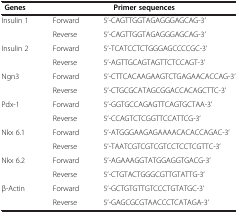
| Genes | <COLSPAN=2> Primer sequences |
 | --- | --- | --- |
 | <ROWSPAN=2> Insulin 1 | Forward | 5’-CAGTTGGTAGAGGGAGCAG-3’ |
 | Reverse | 5’-CAGTTGGTAGAGGGAGCAG-3’ |
 | <ROWSPAN=2> Insulin 2 | Forward | 5’-TCATCCTCTGGGAGCCCCGC-3’ |
 | Reverse | 5’-AGTTGCAGTAGTTCTCCAGT-3’ |
 | <ROWSPAN=2> Ngn3 | Forward | 5’-CTTCACAAGAAGTCTGAGAACACCAG-3’ |
 | Reverse | 5’-CTGCGCATAGCGGACCACAGCTTC-3’ |
 | <ROWSPAN=2> Pdx-1 | Forward | 5’-GGTGCCAGAGTTCAGTGCTAA-3’ |
 | Reverse | 5’-CCAGTCTCGGTTCCATTCG-3’ |
 | <ROWSPAN=2> Nkx 6.1 | Forward | 5’-ATGGGAAGAGAAAACACACCAGAC-3’ |
 | Reverse | 5’-TAATCGTCGTCGTCCTCCTCGTTC-3’ |
 | <ROWSPAN=2> Nkx 6.2 | Forward | 5’-AGAAAGGTATGGAGGTGACG-3’ |
 | Reverse | 5’-CTGTACTGGGCGTTGTATTG-3’ |
 | <ROWSPAN=2> β-Actin | Forward | 5’-GCTGTGTTGTCCCTGTATGC-3’ |
 | Reverse | 5’-GAGCGCGTAACCCTCATAGA-3’ |